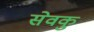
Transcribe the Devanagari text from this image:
सेवकु